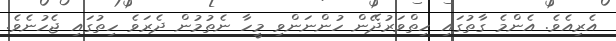
އެރިއެވެ. އެންމެ ގާތުގައި ހިތްވަރުދޭން ހުންނަންވި މީހާ ނެތުމުން ދެރަވެ ހިތުގައި ޖެހުނެވެ.